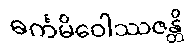
ဓင်္ကမိဝေါဿဇန္တိ